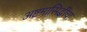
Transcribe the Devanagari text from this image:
अष्टमासिद्धींचा